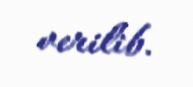
verilib.